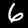
Digit: 6